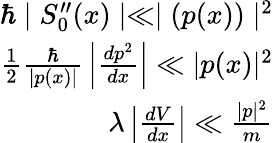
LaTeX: {\begin{array}{r}{\hbar\mid S_{0}^{\prime\prime}(x)\mid\ll\mid(p(x))\mid^{2}}\\ {{\frac{1}{2}}{\frac{\hbar}{|p(x)|}}\left|{\frac{dp^{2}}{dx}}\right|\ll|p(x)|^{2}}\\ {\lambda\left|{\frac{dV}{dx}}\right|\ll{\frac{|p|^{2}}{m}}}\end{array}}